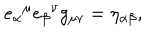
LaTeX: { e _ { \alpha } } ^ { \mu } { e _ { \beta } } ^ { \nu } g _ { \mu \nu } = \eta _ { \alpha \beta } ,